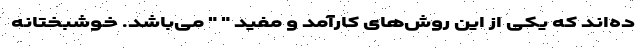
ده‌اند که یکی از این روش‌های کارآمد و مفید " " می‌باشد. خوشبختانه